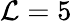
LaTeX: \mathcal{L}=5